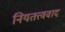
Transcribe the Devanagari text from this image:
नियतत्त्ववाद